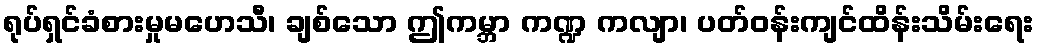
ရုပ်ရှင်ခံစားမှုမဟေသီ၊ ချစ်သော ဤကမ္ဘာ ကဏ္ဍ ကလျာ၊ ပတ်ဝန်းကျင်ထိန်းသိမ်းရေး